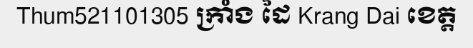
Thum521101305 ក្រាំង ដៃ Krang Dai ខេត្ត